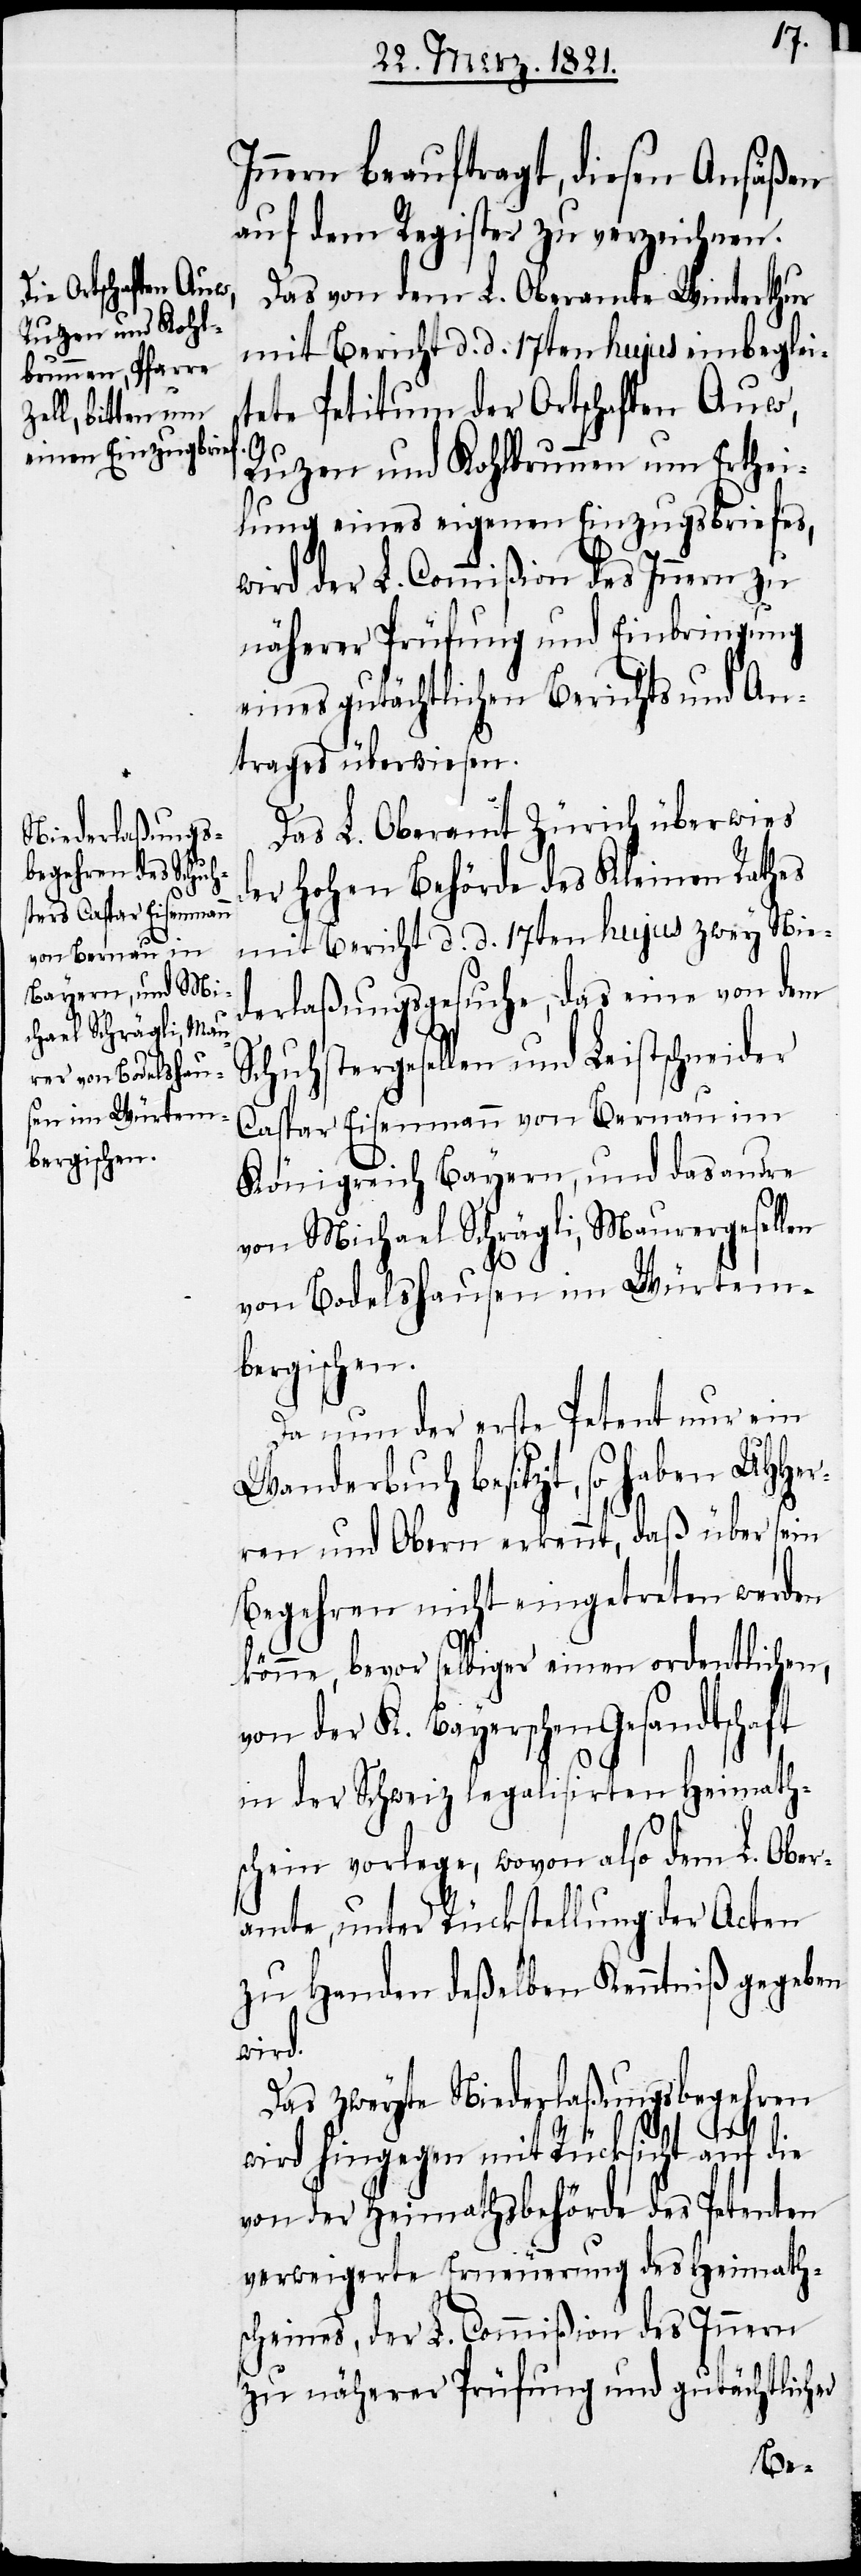
Innern Beauftragt, diesen Ansäßen
auf dem Register zu verzeichnen.
Das von dem L. Oberamte Winterthur
mit Bericht d. d. 17ten hujus einbeglei¬
tete Petitum der Ortschaften Auw,
Ruzen und Kohlbrunnen um Erthei¬
lung eines eigenen Einzugsbriefes,
wird der L. Commißion des Innern zu
näherer Prüfung und Einbringung
eines gutächtlichen Berichts und An¬
trages überwiesen.
Das L. Oberamt Zürich überwies
der hohen Behörde des Kleinen Rathes
mit Bericht d. d. 17ten hujus zwey Nied¬
erlaßungsgesuche, das eine von dem
Schuhstergesellen und Leistschneider
Caspar Eisenmann von Bernau im
Königreich Bayern, und das andre
von Michael Schrägli, Maurergesellen
von Bodelshausen im Würtem¬
bergischen.
Da nun der erste Petent nur ein
Wanderbuch besitzt, so haben UHHer¬
ren und Obern erkennt, daß über sein
Begehren nicht eingetreten werden
könne, bevor selbiger einen ordentlichen,
von der K. Bayerschen Gesandtschaft
in der Schweiz legalisirten Heimath¬
schein vorlege, wovon also dem L. Ober¬
amte, unter Rückstellung der Acten
zu Handen deßelben Kenntniß gegeben
wird.
Das zweyte Niederlaßungsbegehren
wird hingegen mit Rücksicht auf die
von der Heimathsbehörde des Petenten
verweigerte Erneuerung des Heimath¬
scheins, der L. Commißion des Innern
zu näherer und gutächtlicher